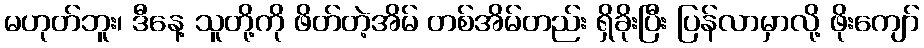
မဟုတ်ဘူး၊ ဒီနေ့ သူတို့ကို ဖိတ်တဲ့အိမ် တစ်အိမ်တည်း ရှိခိုးပြီး ပြန်လာမှာလို့ ဖိုးကျော်